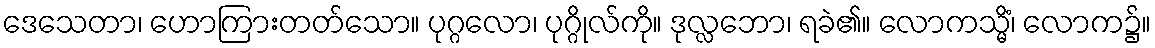
ဒေသေတာ၊ ဟောကြားတတ်သော။ ပုဂ္ဂလော၊ ပုဂ္ဂိုလ်ကို။ ဒုလ္လဘော၊ ရခဲ၏။ လောကသ္မိံ၊ လောက၌။